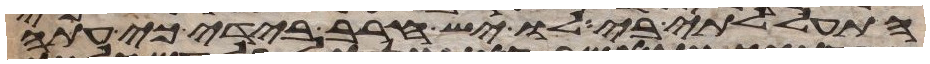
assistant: התעללתי בי לו יש חרב בידי כי עתה